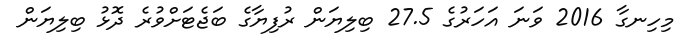
މިހިނގާ 2016 ވަނަ އަހަރުގެ 27.5 ބިލިޔަން ރުފިޔާގެ ބަޖެޓަށްވުރެ ދޮޅު ބިލިޔަން